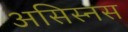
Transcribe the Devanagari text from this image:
असिस्नस